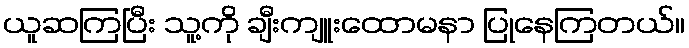
ယူဆကြပြီး သူ့ကို ချီးကျူးထောမနာ ပြုနေကြတယ်။